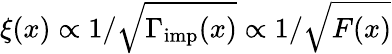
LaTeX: \xi(x)\propto 1/\sqrt{\Gamma_{\mathrm{imp}}(x)}\propto 1/\sqrt{F(x)}